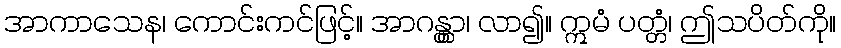
အာကာသေန၊ ကောင်းကင်ဖြင့်။ အာဂန္တွာ၊ လာ၍။ ဣမံ ပတ္တံ၊ ဤသပိတ်ကို။